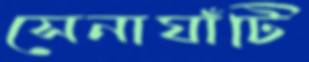
সেনাঘাঁটি